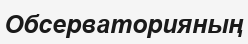
Обсерваторияның